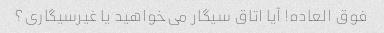
فوق العاده! آیا اتاق سیگار می‌خواهید یا غیرسیگاری؟